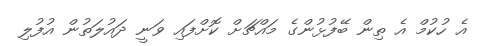
އެ ހުކުމް އެ ތިން ބޭފުޅުންގެ މައްޗަށް ކޮށްފައި ވަނީ ދައުލަތުން އުފުލި